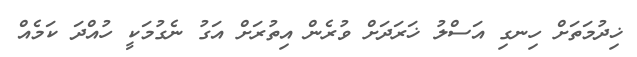
ޚިދުމަތަށް ހިނގި އަސްލު ޚަރަދަށް ވުރެން އިތުރަށް އަގު ނެގުމަކީ ހުއްދަ ކަމެއް